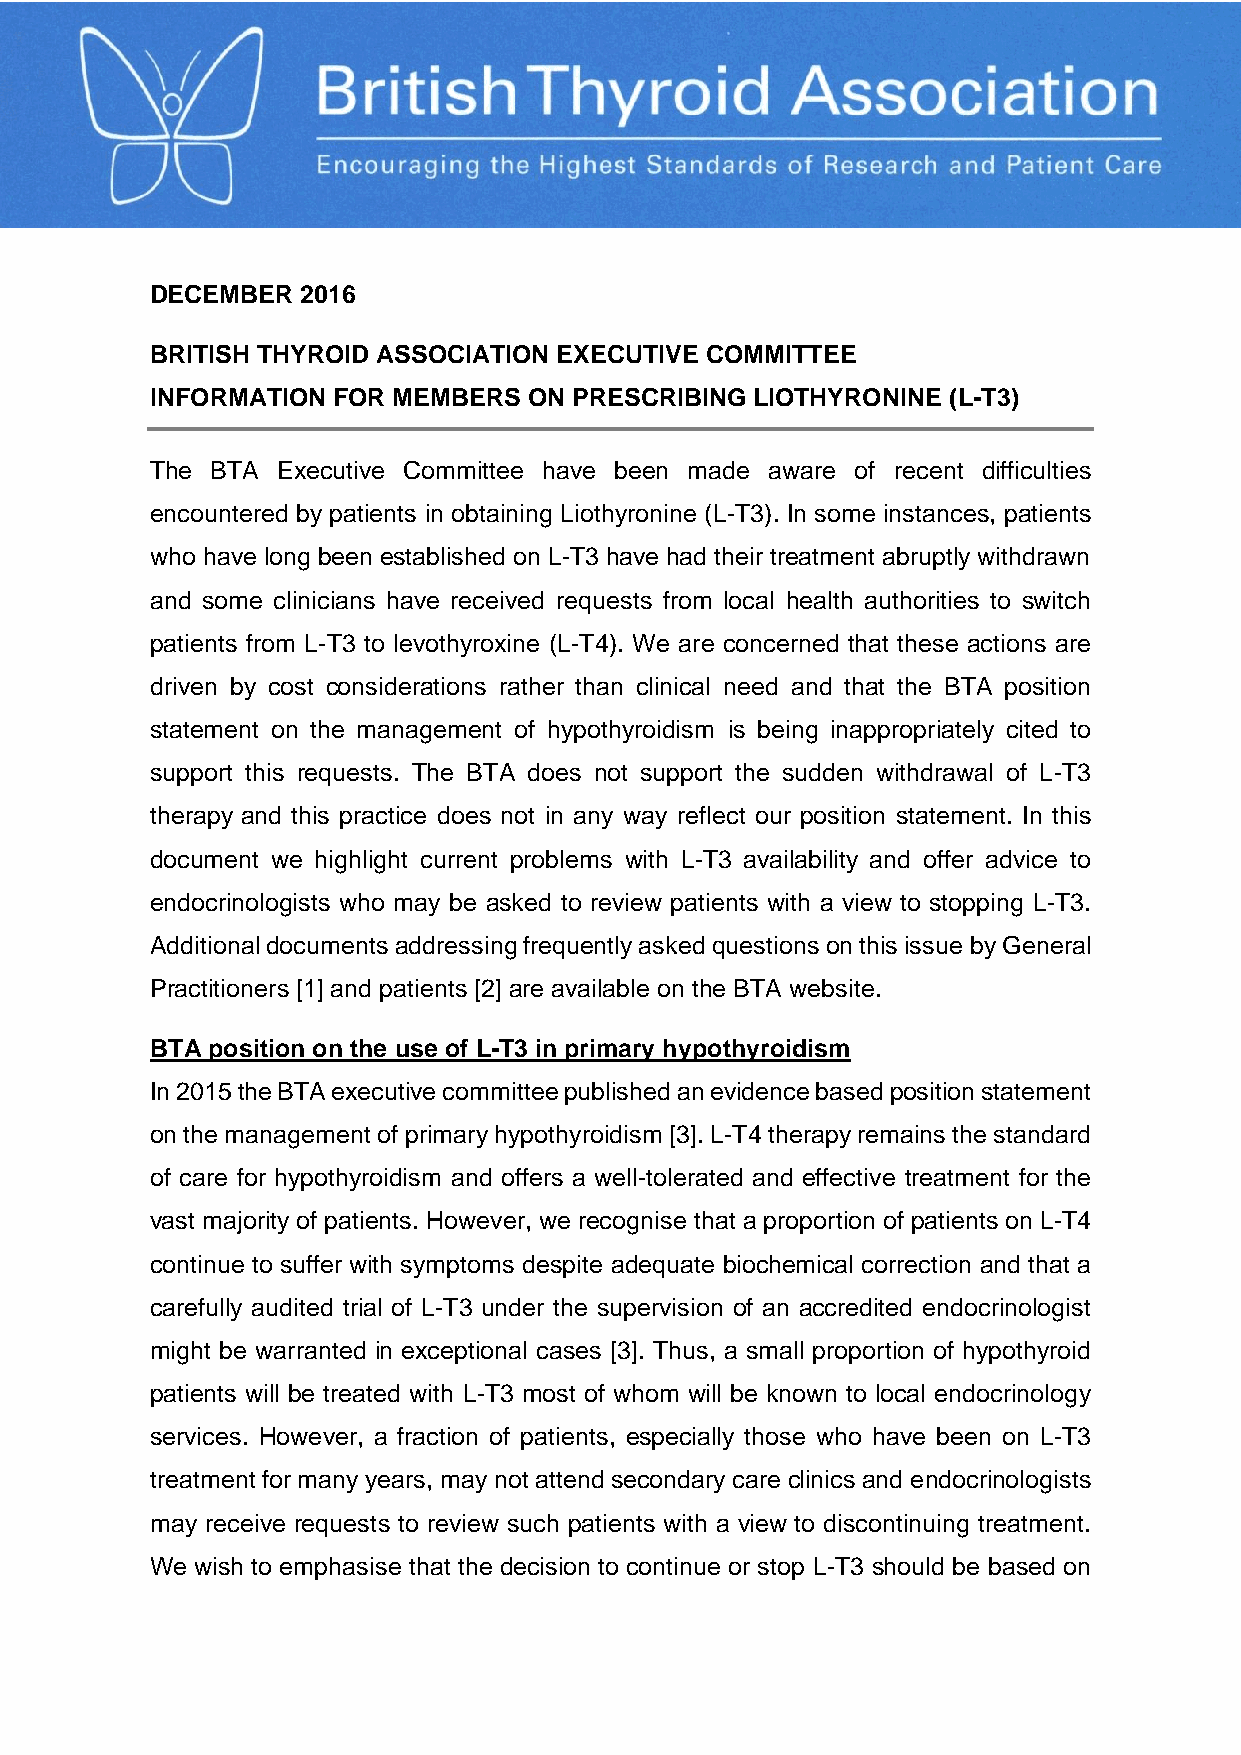
DECEMBER  2016
 BRITISH THYROID ASSOCIATION EXECUTIVE COMMITTEE
 INFORMATION FOR MEMBERS  ON PRESCRIBING LIOTHYRONINE (L-T3)
 The BTA Executive Committee have been made aware of recent difficulties
 encountered by patients in obtaining Liothyronine (L-T3). In some instances, patients
 who have long been established on L-T3 have had their treatment abruptly withdrawn
 and some clinicians have received requests from local health authorities to switch
 patients from L-T3 to levothyroxine (L-T4). We are concerned that these actions are
 driven by cost considerations rather than clinical need and that the BTA position
 statement on the management of hypothyroidism is being inappropriately cited to
 support this requests. The BTA does not support the sudden withdrawal of L-T3
 therapy and this practice does not in any way reflect our position statement. In this
 document we highlight current problems with L-T3 availability and offer advice to
 endocrinologists who may be asked to review patients with a view to stopping L-T3.
 Additional documents addressing frequently asked questions on this issue by General
 Practitioners [1] and patients [2] are available on the BTA website.
 BTA position on the use of L-T3 in primary hypothyroidism
 In 2015 the BTA executive committee published an evidence based position statement
 on the management of primary hypothyroidism [3]. L-T4 therapy remains the standard
 of care for hypothyroidism and offers a well-tolerated and effective treatment for the
 vast majority of patients. However, we recognise that a proportion of patients on L-T4
 continue to suffer with symptoms despite adequate biochemical correction and that a
 carefully audited trial of L-T3 under the supervision of an accredited endocrinologist
 might be warranted in exceptional cases [3]. Thus, a small proportion of hypothyroid
 patients will be treated with L-T3 most of whom will be known to local endocrinology
 services. However, a fraction of patients, especially those who have been on L-T3
 treatment for many years, may not attend secondary care clinics and endocrinologists
 may receive requests to review such patients with a view to discontinuing treatment.
 We wish to emphasise that the decision to continue or stop L-T3 should be based on